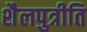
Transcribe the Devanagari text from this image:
शैलपुत्रीति